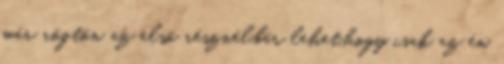
már rögtön az első résznél,bár lehet,hogy csak az én